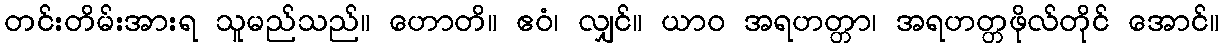
တင်းတိမ်းအားရ သူမည်သည်။ ဟောတိ။ ဧဝံ၊ လျှင်။ ယာဝ အရဟတ္တာ၊ အရဟတ္တဖိုလ်တိုင် အောင်။